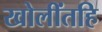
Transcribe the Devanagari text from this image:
खोलींतहि